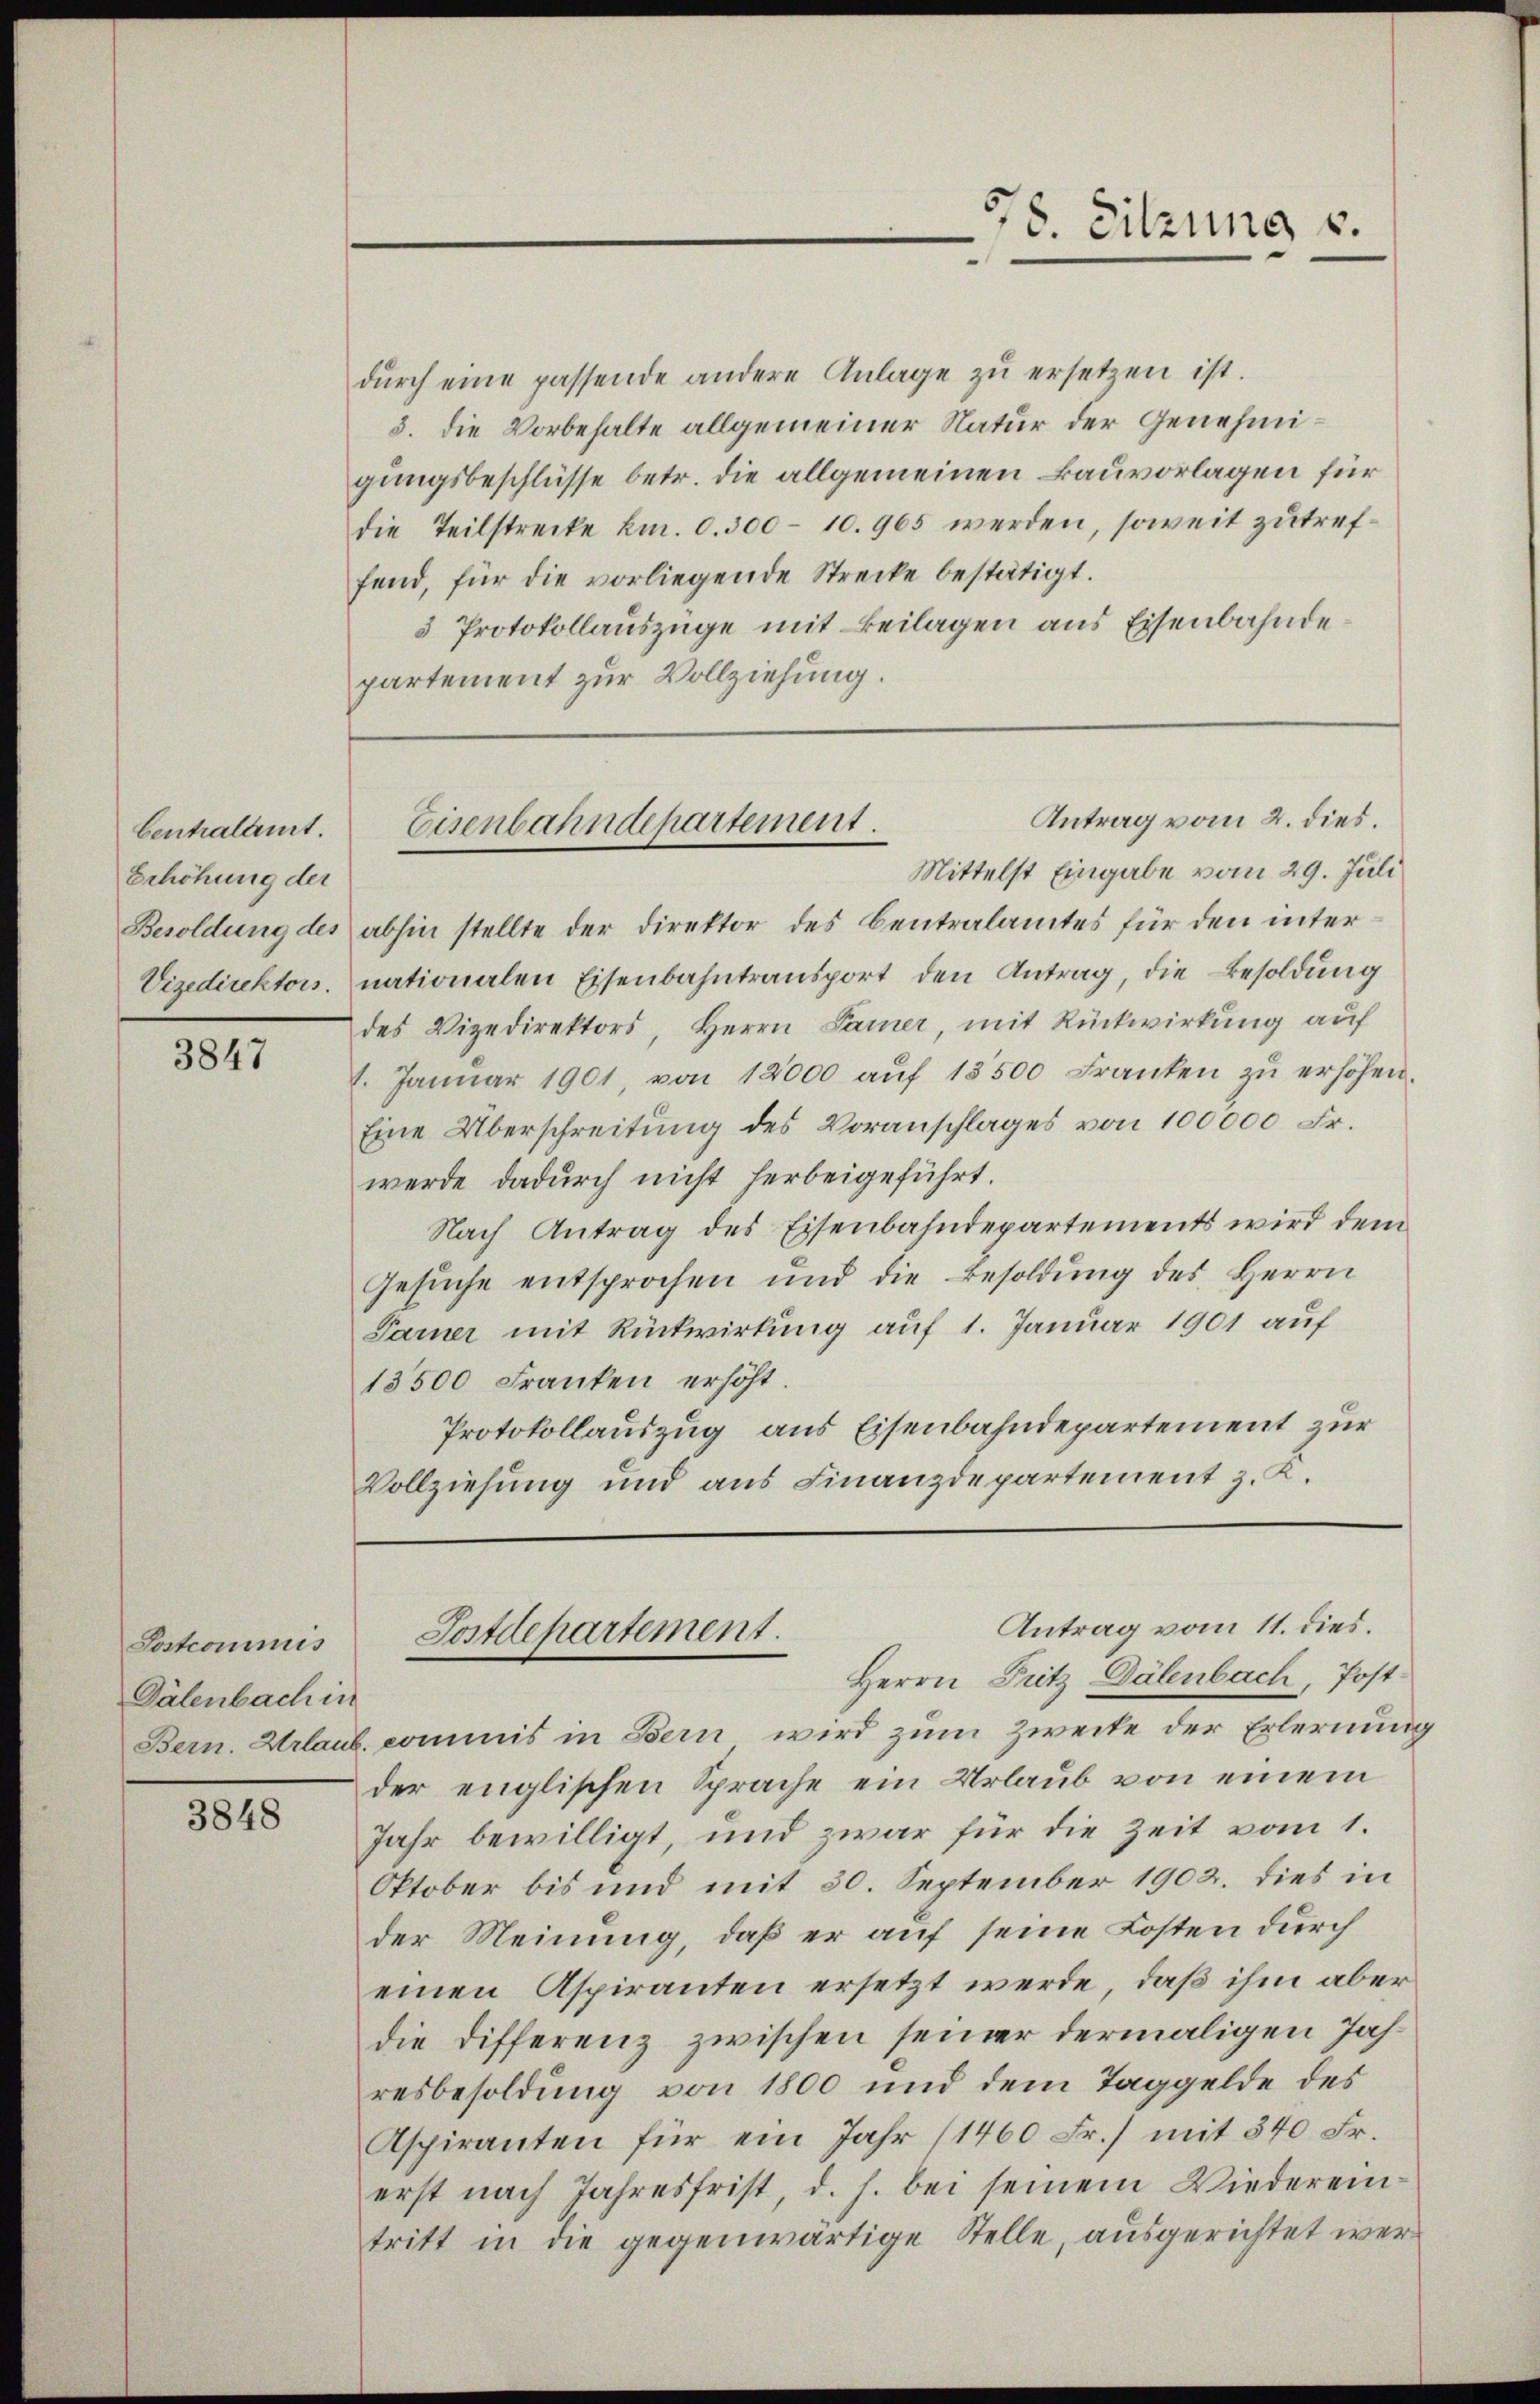
bentralamt.
Erhöhung der

3847

Postcommis
Dälenbach in

3848

dŭrch eine passende andere Anlage zu ersetzen ist.
3. die Vorbehalte allgemeiner Natur der Genehmigungsbeschlüsse betr. die allgemeinen Bauvorlagen für
die Teilstrecke km. 0. 300 - 10. 965 werden, soweit zutreffend, für die vorliegende Strecke bestätigt.
3 Protokollauszüge mit Beilagen aus Eisenbahndepartement zur Vollziehung.

78. Sitzung v.

Antrag vom 2. dies.
Eisenbahndepartement.
Mittelst Eingabe vom 29. Juli

Besoldung des abhin stellte der Direktor des Centralamtes für den inter¬
Vizedirektors, nationalen Eisenbahntransport den Antrag, die Besoldung
des Vizedirektors, Herrn Parer, mit Rückwirkung auf
1. Janŭar 1901, von 12000 aŭf 13500 Franken zŭ erhöhen.
Eine Überschreitung des Voranschlages von 100000 Fr.
werde dadurch nicht herbeigeführt.
Nach Antrag des Eisenbahndepartements wird dem
Gesŭche entsprochen und die Besoldŭng des Herrn
Sarner mit Rückwirkung auf 1. Januar 1901 auf
13500 Franken erhöht.
Protokollauszug aus Eisenbahndepartement zur
Vollziehung und aus Finanzdepartement z. K.

Bern. Urlaub commis in Bern wird zum Zwecke der Erlernung
der englischen Sprache ein Urlaub von einem
Jahr bewilligt, und zwar für die Zeit vom 1.
Oktober bis und mit 30. September 1902. dies in
der Meinung, daß er auf seine Kosten durch
einen Aspiranten ersetzt werde, daß ihm aber
die Differenz zwischen seiner dermaligen Jahresbesoldung von 1800 und dem Taggelde des
Aspiranten für ein Jahr (1460 Fr.) mit 340 Fr.
erst nach Jahresfrist, d. h. bei seinem Wiedereintritt in die gegenwärtige Stelle, ausgerichtet wer¬

Antrag vom 11. dies.
Postdepartement.
Herrn Pritz Dälenbach, Post¬